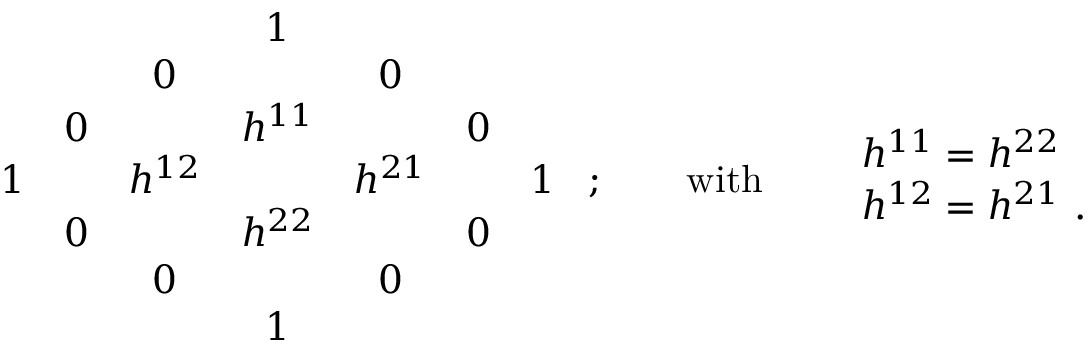
\begin{array} { c c c c c c c } { { } } & { { } } & { { } } & { { 1 } } & { { } } & { { } } & { { } } \\ { { } } & { { } } & { { 0 } } & { { } } & { { 0 } } & { { } } & { { } } \\ { { } } & { { 0 } } & { { } } & { { h ^ { 1 1 } } } & { { } } & { { 0 } } & { { } } \\ { { 1 } } & { { } } & { { h ^ { 1 2 } } } & { { } } & { { h ^ { 2 1 } } } & { { } } & { { 1 } } \\ { { } } & { { 0 } } & { { } } & { { h ^ { 2 2 } } } & { { } } & { { 0 } } & { { } } \\ { { } } & { { } } & { { 0 } } & { { } } & { { 0 } } & { { } } & { { } } \\ { { } } & { { } } & { { } } & { { 1 } } & { { } } & { { } } & { { } } \end{array} \ ; \qquad \mathrm { w i t h } \qquad \begin{array} { l } { { h ^ { 1 1 } = h ^ { 2 2 } } } \\ { { h ^ { 1 2 } = h ^ { 2 1 } \ . } } \end{array}